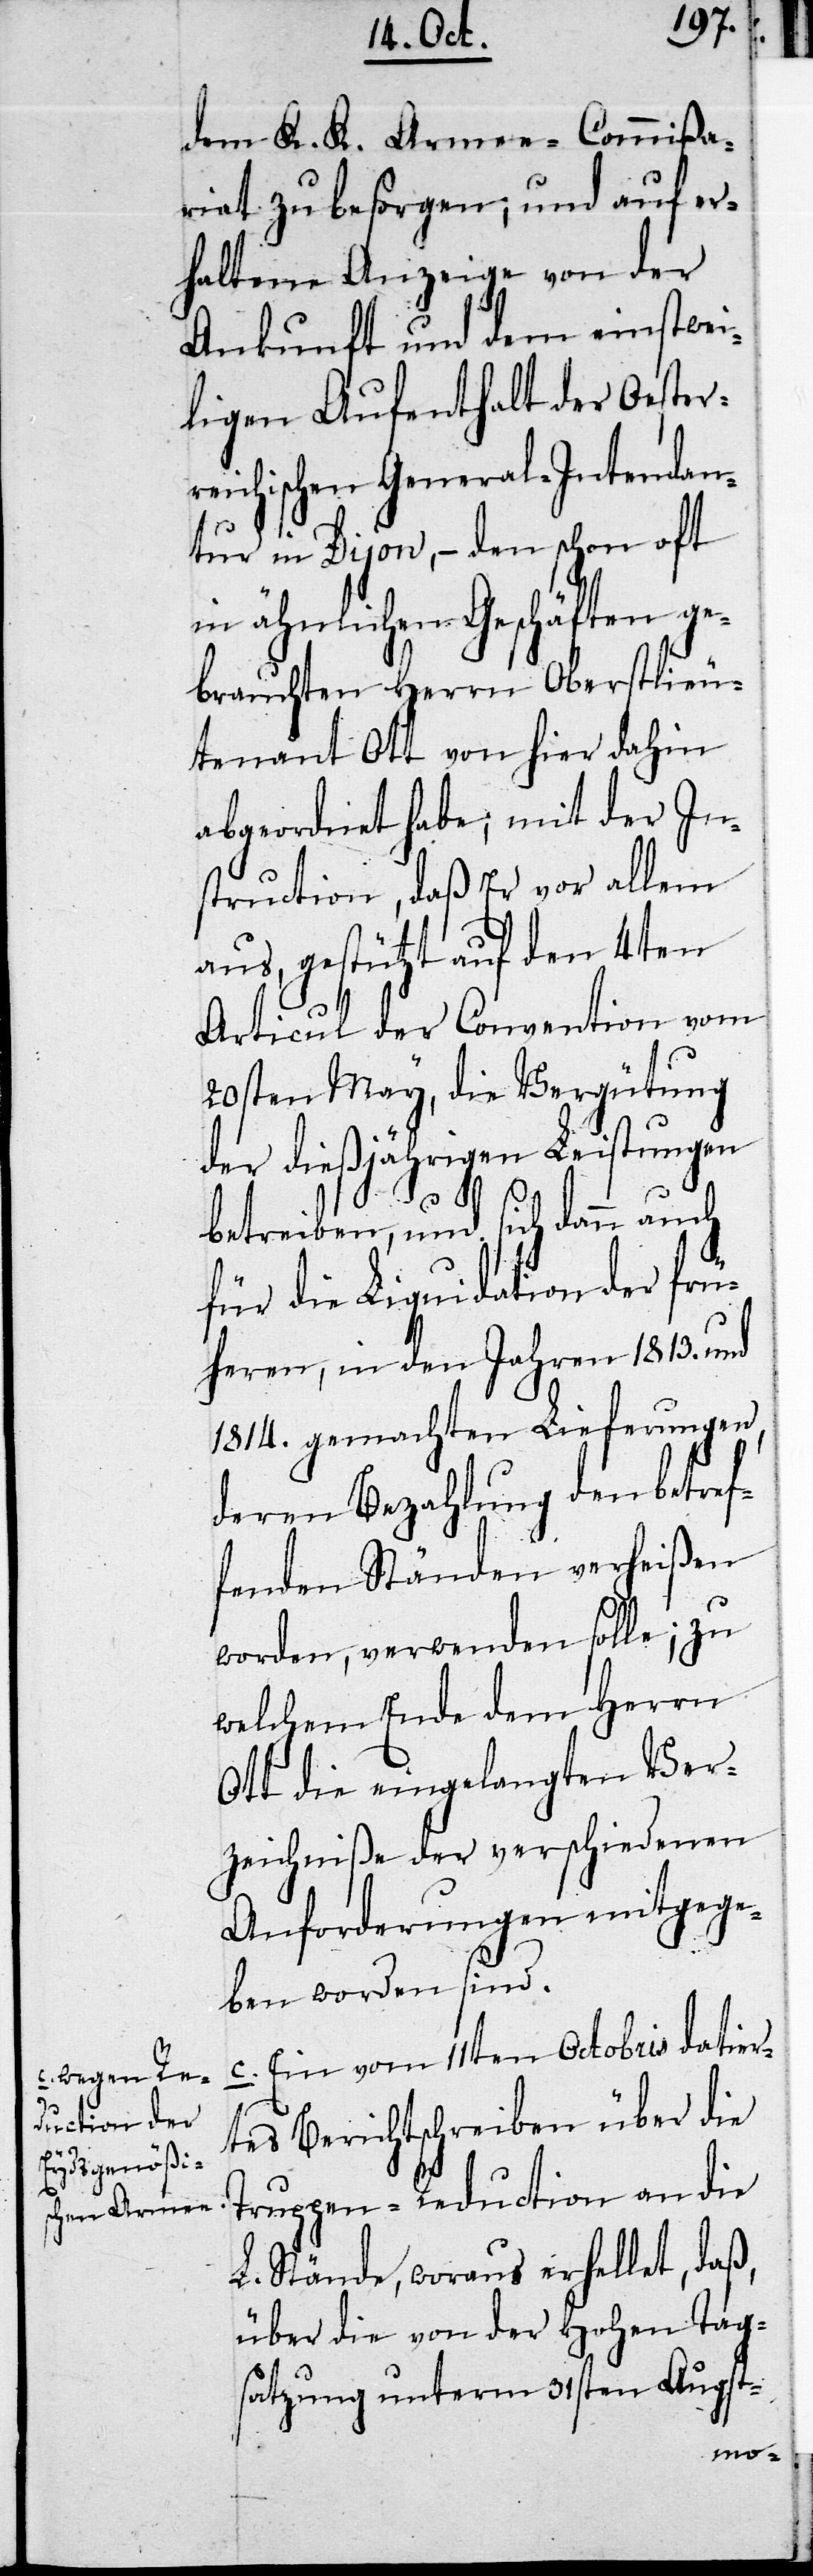
dem K. K. Armee-Commißa¬
riat zu besorgen, und auf er¬
haltene Anzeige von der
Ankunft und dem einstwei¬
ligen Aufenthalt der Oester¬
reichischen General-Intendan¬
tur in Dijon, – den schon oft
in ähnlichen Geschäften ge¬
brauchten Herrn Oberstlieu¬
tenant Ott von hier dahin
abgeordnet habe, mit der In¬
struction, daß Er vor allem
aus, gestützt auf den 4ten
Articul der Convention vom
20sten May, die Vergütung
der dießjährigen Leistungen
betreiben, und sich dann auch
für die Liquidation der frü¬
heren, in den Jahren 1813. und
1814. gemachten Lieferungen,
deren Bezahlung den betref¬
fenden Ständen verheißen
worden, verwenden solle; zu
welchem Ende dem Herrn
Ott die eingelangten Ver¬
zeichniße der verschiedenen
Anforderungen mitgege¬
ben worden sind.
c. Ein vom 11ten Octobris datier¬
tes Berichtschreiben über die
Truppen-Reduction an die
L. Stände, woraus erhellet, daß
über die von der Hohen Tag¬
satzung unterm 31sten Augst-